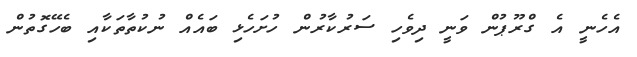
އެހެނީ އެ ގްރޫޕުން ވަނީ ދިވެހި ސަރުކާރުން ހުށަހެޅި ބައެއް ނުކުތާތަކާއި ބެހޭގޮތުން